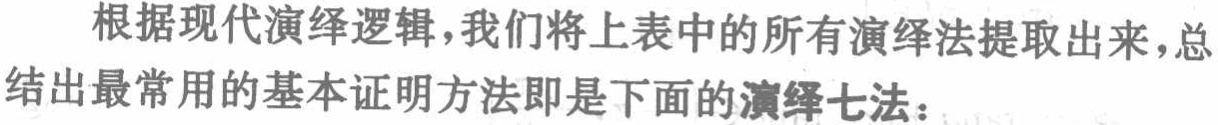
根据现代演绎逻辑，我们将上表中的所有演绎法提取出来，总结出最常用的基本证明方法即是下面的演绎七法：